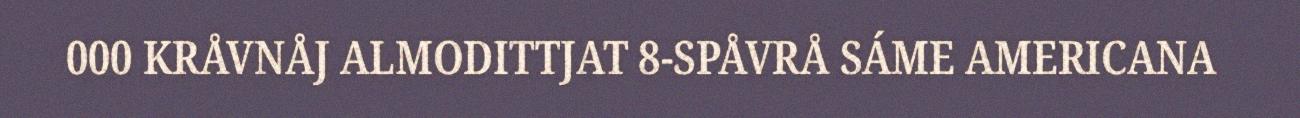
000 KRÅVNÅJ ALMODITTJAT 8-SPÅVRÅ SÁME AMERICANA